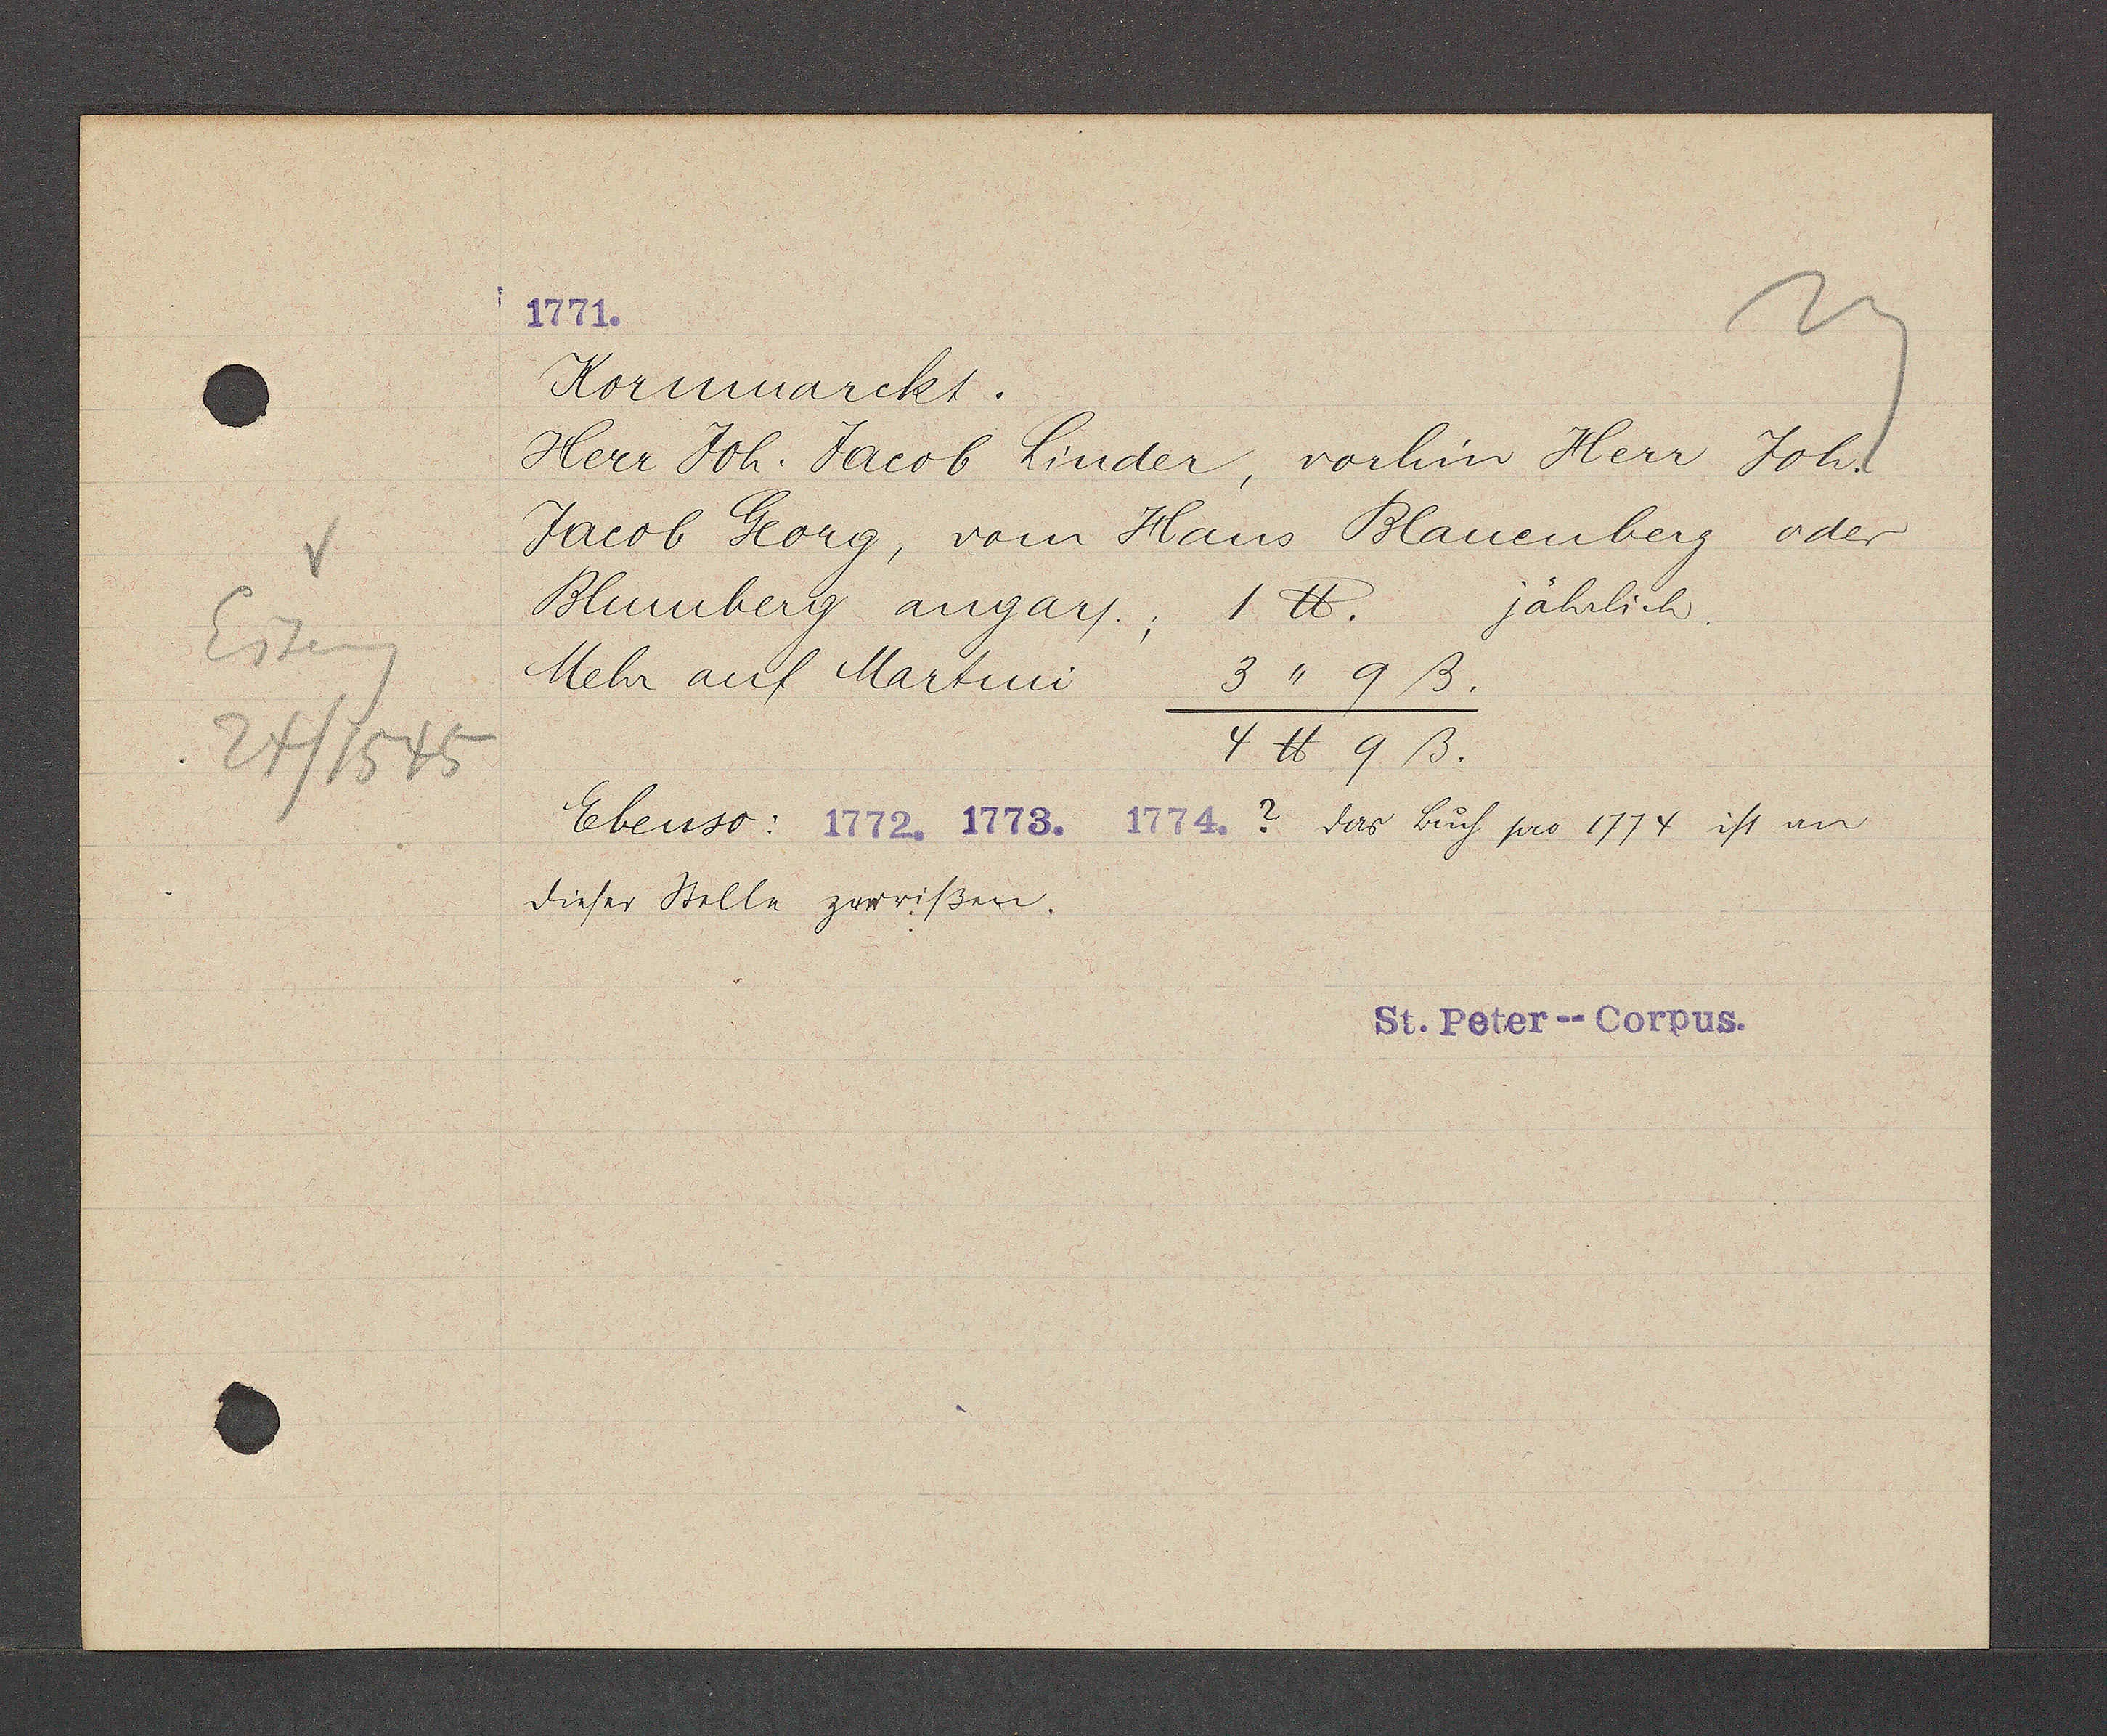
Transcript:
Eiseng
24/1545

Kornmarckt
Herr Joh. Jacob Linder, vorhin Herr Joh.
Jacob Georg, vom Haus Blauenberg oder
jährlich.
Blumberg angar/; 1℔.
Mehr auf Martini   3"9 ß.
4 ℔ 9 ß.
Ebenso:
? das Buch pro 1774 ist an
dieser Stelle zerrißen.